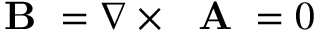
\mathrm { ~ \bf ~ B ~ } = \nabla \times \mathrm { ~ \bf ~ A ~ } = 0